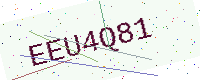
Text: EEU4Q81